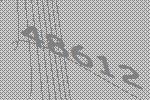
48612